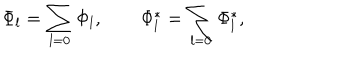
\Phi _ { l } = \sum _ { l = 0 } \Phi _ { l } , \qquad \Phi _ { l } ^ { \ast } = \sum _ { l = 0 } \Phi _ { l } ^ { \ast } ,